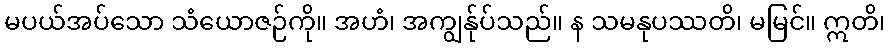
မပယ်အပ်သော သံယောဇဉ်ကို။ အဟံ၊ အကျွန်ုပ်သည်။ န သမနုပဿတိ၊ မမြင်။ ဣတိ၊